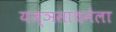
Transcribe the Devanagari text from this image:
यज्ञसाधनेला